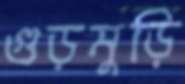
গুড়মুড়ি